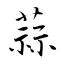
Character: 蒜